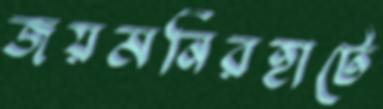
জয়মনিরহাটে